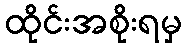
ထိုင်းအစိုးရမှ